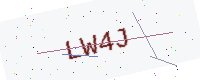
Text: LW4J